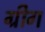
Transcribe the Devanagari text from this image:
ग्रीग